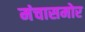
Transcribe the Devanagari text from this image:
मंचासमोर